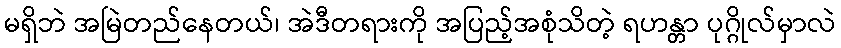
မရှိဘဲ အမြဲတည်နေတယ်၊ အဲဒီတရားကို အပြည့်အစုံသိတဲ့ ရဟန္တာ ပုဂ္ဂိုလ်မှာလဲ